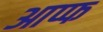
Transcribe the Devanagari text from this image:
आप्फ